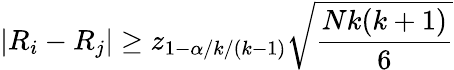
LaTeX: |R_{i}-R_{j}|\geq z_{1-\alpha/k/(k-1)}\sqrt{\frac{Nk(k+1)}{6}}